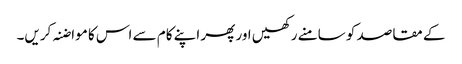
کے مقاصد کو سامنے رکھیں اور پھر اپنے کام سے اس کا مواضنہ کریں۔